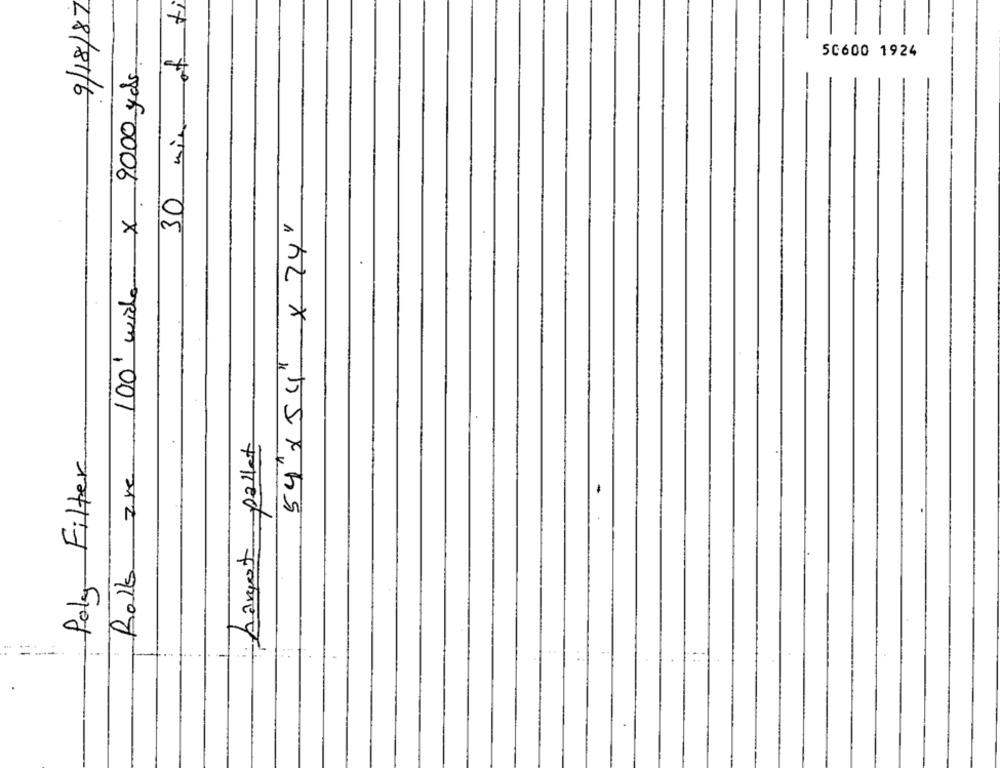
9/18/87
30 min of ti
50600 1924
Rolls are 100' wide x 9000 yds
54" X 5 4" x 74"
pallet
Poly Filter
hangot